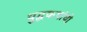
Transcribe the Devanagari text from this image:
युद्धकथांची